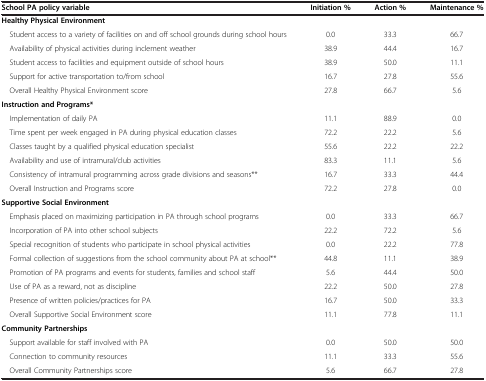
| School PA policy variable | Initiation % | Action % | Maintenance % |
 | --- | --- | --- | --- |
 | Healthy Physical Environment |  |  |  |
 | Student access to a variety of facilities on and off school grounds during school hours | 0.0 | 33.3 | 66.7 |
 | Availability of physical activities during inclement weather | 38.9 | 44.4 | 16.7 |
 | Student access to facilities and equipment outside of school hours | 38.9 | 50.0 | 11.1 |
 | Support for active transportation to/from school | 16.7 | 27.8 | 55.6 |
 | Overall Healthy Physical Environment score | 27.8 | 66.7 | 5.6 |
 | Instruction and Programs* |  |  |  |
 | Implementation of daily PA | 11.1 | 88.9 | 0.0 |
 | Time spent per week engaged in PA during physical education classes | 72.2 | 22.2 | 5.6 |
 | Classes taught by a qualified physical education specialist | 55.6 | 22.2 | 22.2 |
 | Availability and use of intramural/club activities | 83.3 | 11.1 | 5.6 |
 | Consistency of intramural programming across grade divisions and seasons** | 16.7 | 33.3 | 44.4 |
 | Overall Instruction and Programs score | 72.2 | 27.8 | 0.0 |
 | Supportive Social Environment |  |  |  |
 | Emphasis placed on maximizing participation in PA through school programs | 0.0 | 33.3 | 66.7 |
 | Incorporation of PA into other school subjects | 22.2 | 72.2 | 5.6 |
 | Special recognition of students who participate in school physical activities | 0.0 | 22.2 | 77.8 |
 | Formal collection of suggestions from the school community about PA at school** | 44.8 | 11.1 | 38.9 |
 | Promotion of PA programs and events for students, families and school staff | 5.6 | 44.4 | 50.0 |
 | Use of PA as a reward, not as discipline | 22.2 | 50.0 | 27.8 |
 | Presence of written policies/practices for PA | 16.7 | 50.0 | 33.3 |
 | Overall Supportive Social Environment score | 11.1 | 77.8 | 11.1 |
 | Community Partnerships |  |  |  |
 | Support available for staff involved with PA | 0.0 | 50.0 | 50.0 |
 | Connection to community resources | 11.1 | 33.3 | 55.6 |
 | Overall Community Partnerships score | 5.6 | 66.7 | 27.8 |